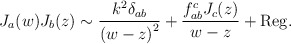
\begin{align*}J_a(w)J_b(z) \sim \frac{k^2 \delta_{ab}}{{(w-z)}^2} +\frac{f_{ab}^c J_c(z)}{w-z} + {\rm Reg.}\end{align*}